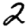
Digit: 2